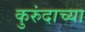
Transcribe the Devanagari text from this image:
कुरुंदाच्या